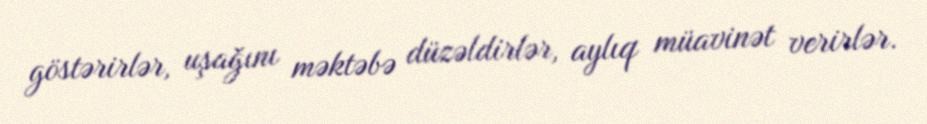
göstərirlər, uşağını məktəbə düzəldirlər, aylıq müavinət verirlər.